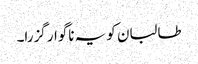
طالبان کو یہ ناگوار گزرا۔